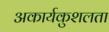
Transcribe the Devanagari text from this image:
अकार्यकुशलता